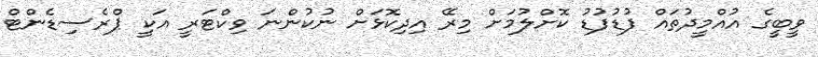
ވީބީގެ އުއްމީދުތައް ފުޑުފުޑު ކޮށްލުމަށް މިރޭ އިދިކޮޅަށް ނުކުންނަ ވިކްޓަރީ އަކީ ޕްރެސިޑެންޓް